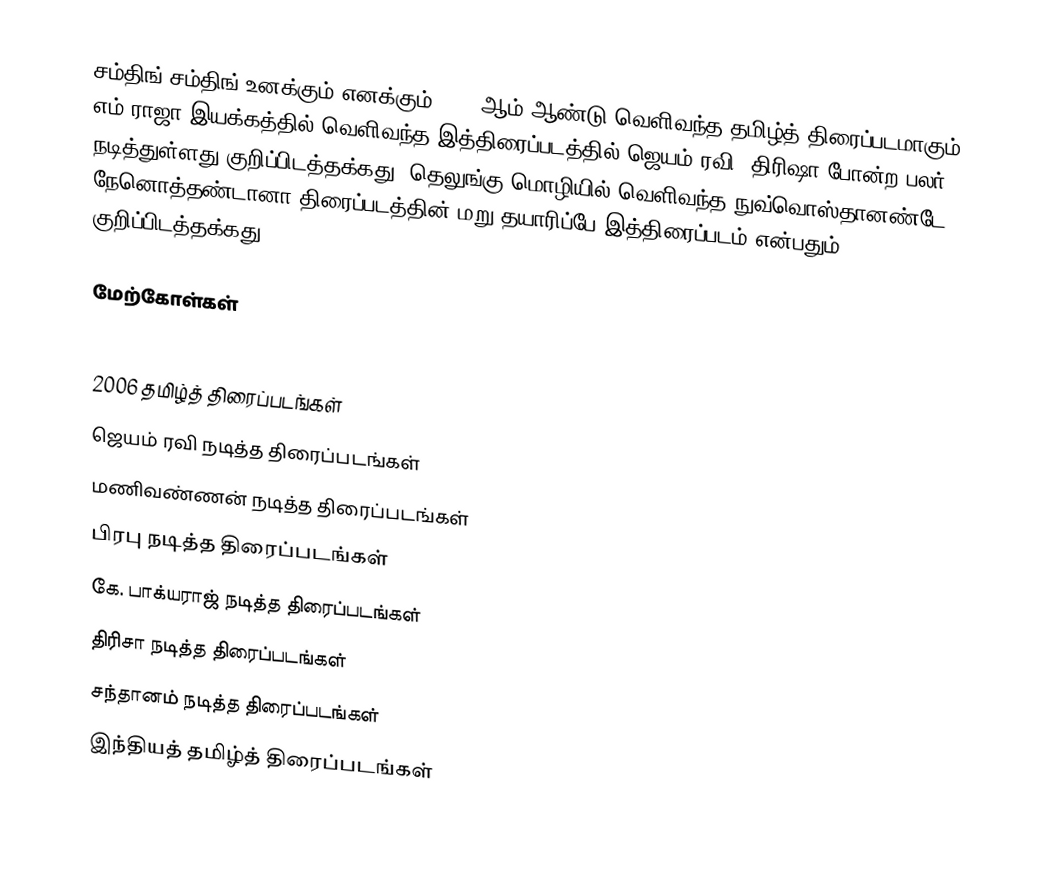
சம்திங் சம்திங் உனக்கும் எனக்கும் 2006 ஆம் ஆண்டு வெளிவந்த தமிழ்த் திரைப்படமாகும். எம்.ராஜா இயக்கத்தில் வெளிவந்த இத்திரைப்படத்தில் ஜெயம் ரவி, திரிஷா போன்ற பலர் நடித்துள்ளது குறிப்பிடத்தக்கது. தெலுங்கு மொழியில் வெளிவந்த நுவ்வொஸ்தானண்டே நேனொத்தண்டானா திரைப்படத்தின் மறு தயாரிப்பே இத்திரைப்படம் என்பதும் குறிப்பிடத்தக்கது.

மேற்கோள்கள்

2006 தமிழ்த் திரைப்படங்கள்
ஜெயம் ரவி நடித்த திரைப்படங்கள்
மணிவண்ணன் நடித்த திரைப்படங்கள்
பிரபு நடித்த திரைப்படங்கள்
கே. பாக்யராஜ் நடித்த திரைப்படங்கள்
திரிசா நடித்த திரைப்படங்கள்
சந்தானம் நடித்த திரைப்படங்கள்
இந்தியத் தமிழ்த் திரைப்படங்கள்